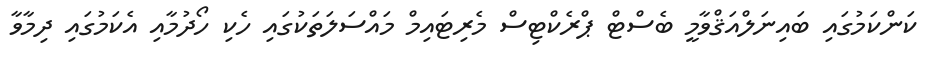
ކަންކަމުގައި ބައިނަލްއަޤްވާމީ ބެސްޓް ޕްރެކްޓިސް މެރިޓައިމް މައްސަލަތަކުގައި ހެކި ހޯދުމާއި އެކަމުގައި ދިމާވާ